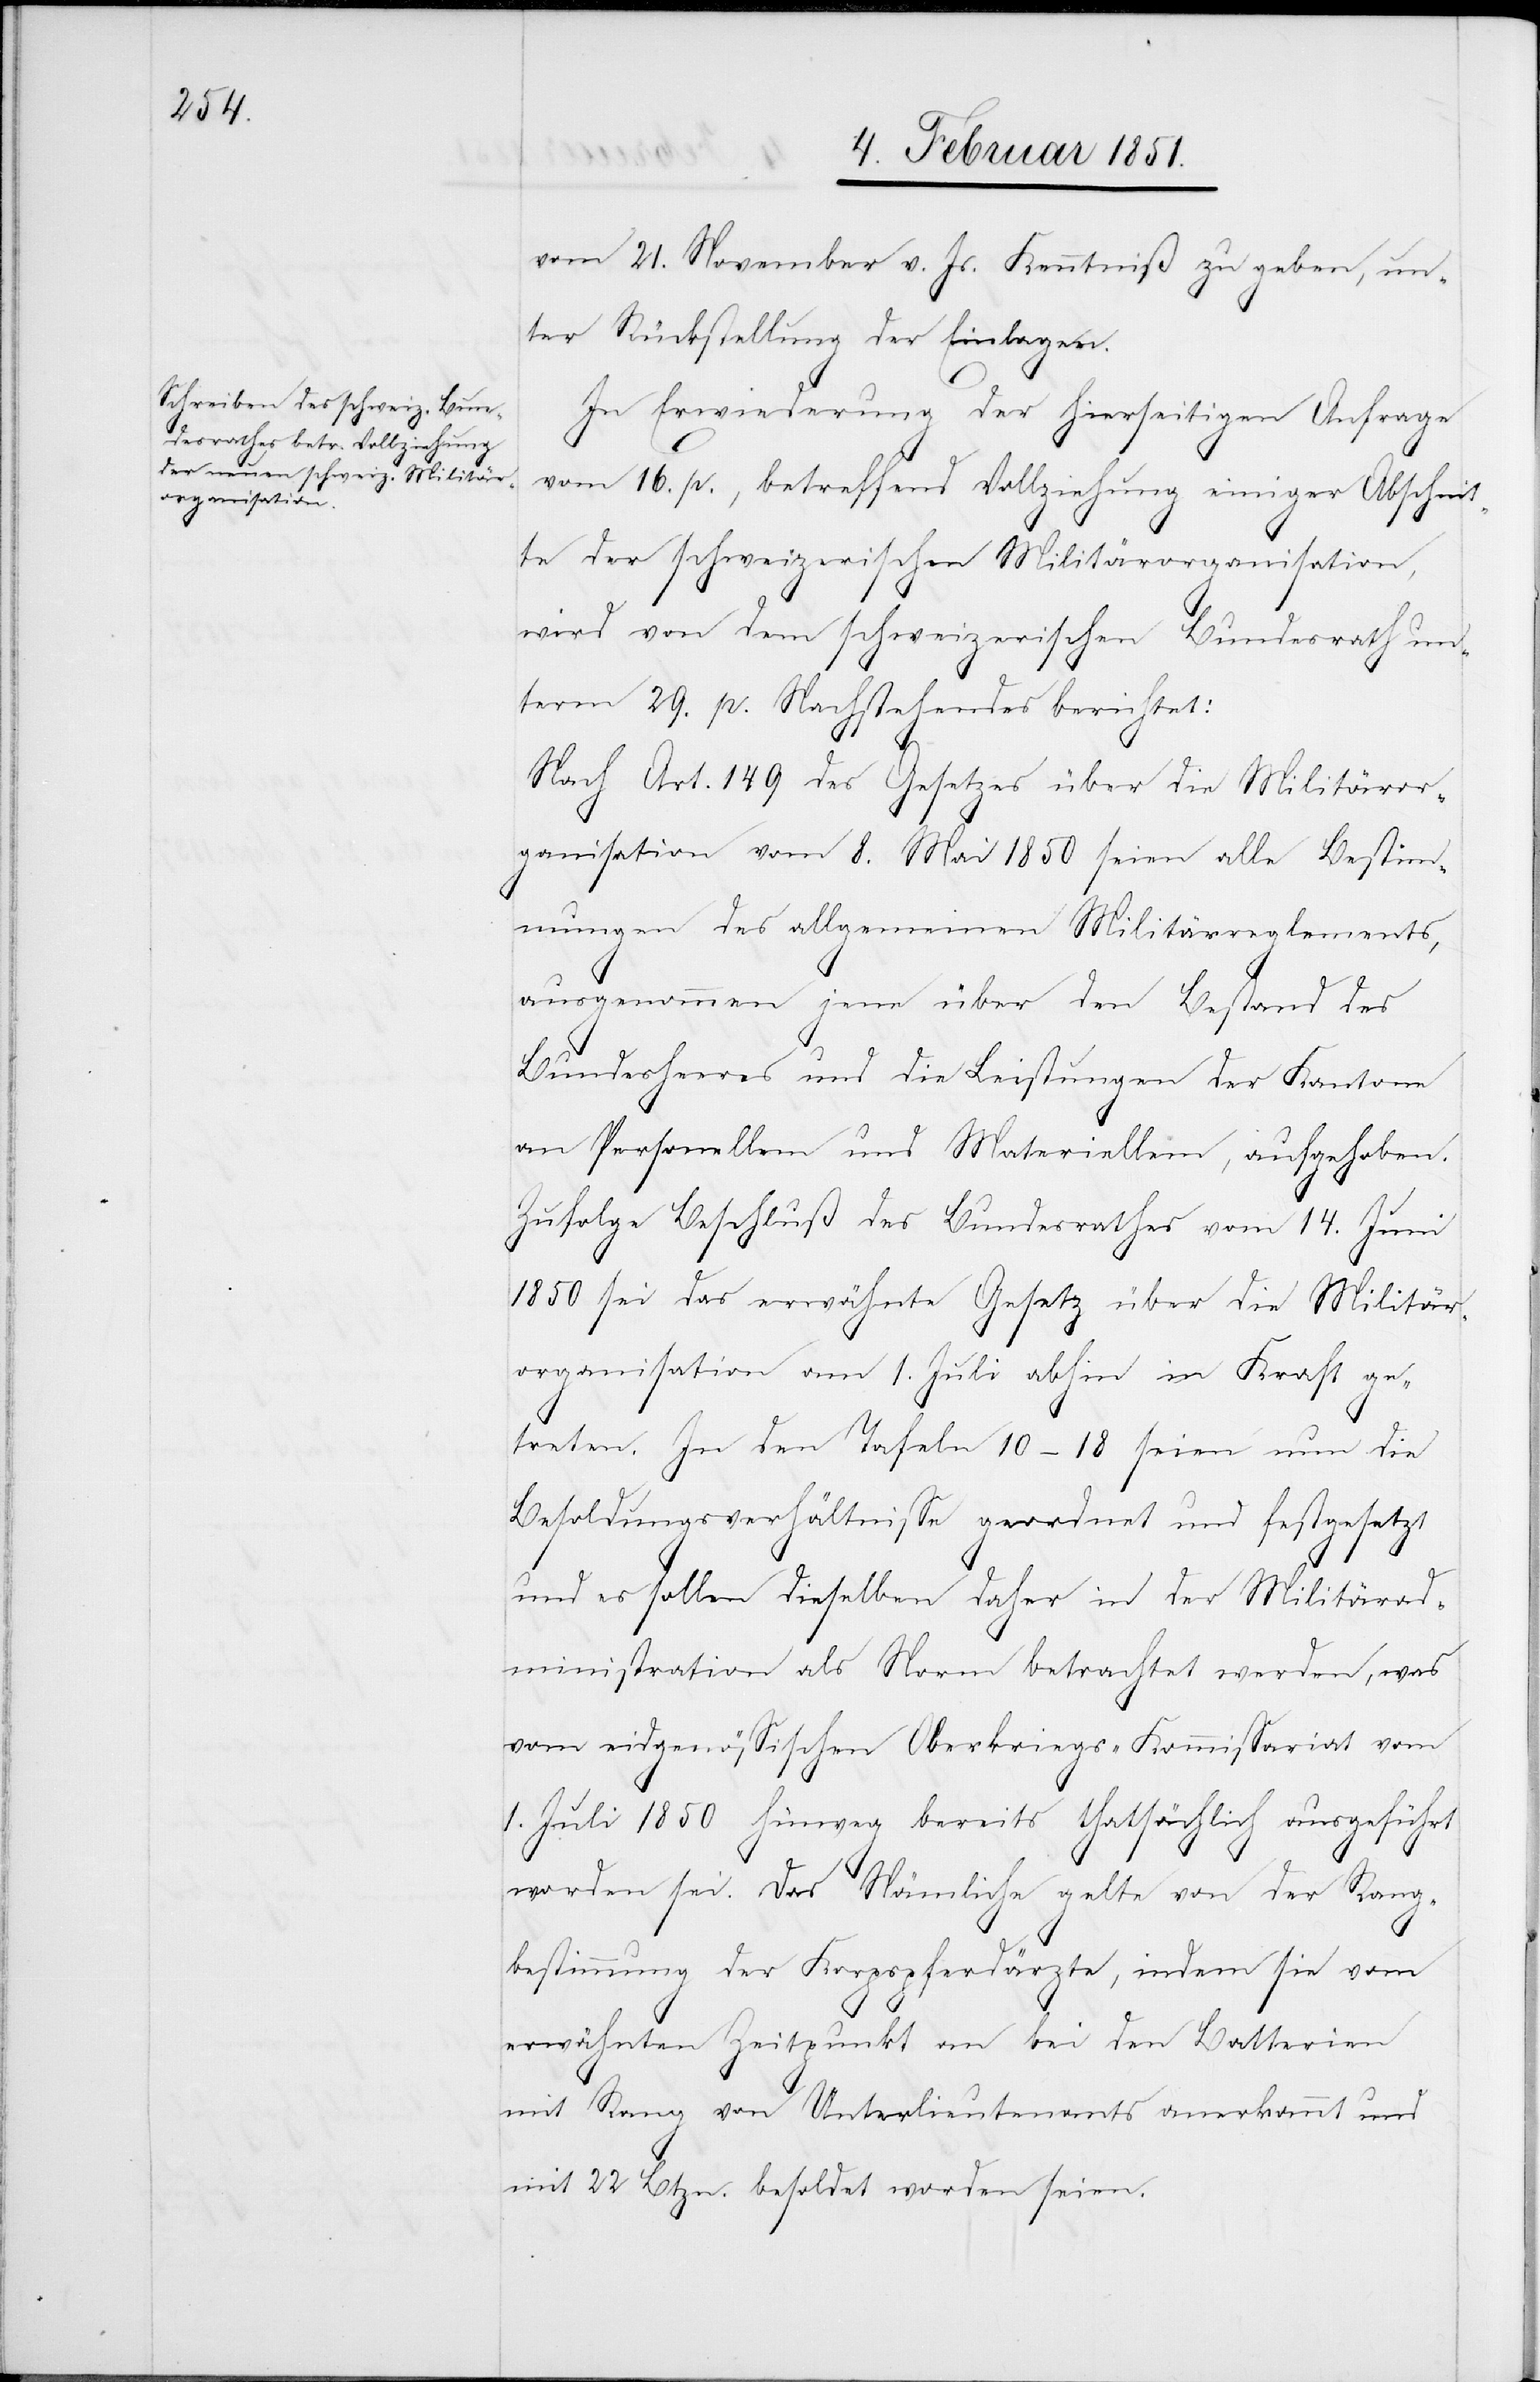
vom 21. November v. Js. Kenntniß zu geben, un¬
ter Rückstellung der Einlagen.
In Erwiederung der hierseitigen Anfrage
vom 16. p., betreffend Vollziehung einiger Abschnit¬
te der schweizerischen Militärorganisation,
wird von dem schweizerischen Bundesrath un¬
term 29. p. Nachstehendes berichtet:
Nach Art. 149 des Gesetzes über die Militäror¬
ganisation vom 8. Mai 1850 seien alle Bestimm¬
ungen des allgemeinen Militärreglements,
ausgenommen jene über den Bestand des
Bundesheeres und die Leistungen der Kantone
an Personellem und Materiellem, aufgehoben.
Zufolge Beschluß des Bundesrathes vom 14. Juni
1850 sei das erwähnte Gesetz über die Militär¬
organisation am 1. Juli abhin in Kraft ge¬
treten. In den Tafeln 10–18 seien nun die
Besoldungsverhältnisse geordnet und festgesetzt
und es sollen dieselben daher in der Militärad¬
ministration als Norm betrachtet werden, was
vom eidgenössischen Oberkriegs-Kommissariat vom
1. Juli 1850 hinweg bereits thatsächlich ausgeführt
worden sei. Das Nämliche gelte von der Rang¬
bestimmung der Korpspferdärzte, indem sie vom
erwähnten Zeitpunkt an bei den Batterien
mit Rang von Unterlieutenants anerkannt und
mit 22 Btzn. besoldet worden seien.